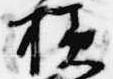
様